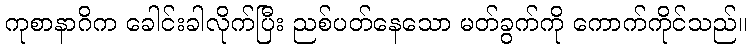
ကုစာနာဂိက ခေါင်းခါလိုက်ပြီး ညစ်ပတ်နေသော မတ်ခွက်ကို ကောက်ကိုင်သည်။